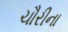
ચૌરીના